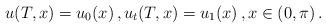
LaTeX: \begin{align*}u(T,x)=u_0(x)\,,u_{t}(T,x)=u_1(x)\,, x\in (0,\pi)\,.\end{align*}